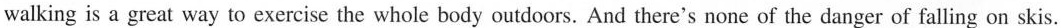
walking is a great way to exercise the whole body outdoors. And there's none of the danger of falling on skis.